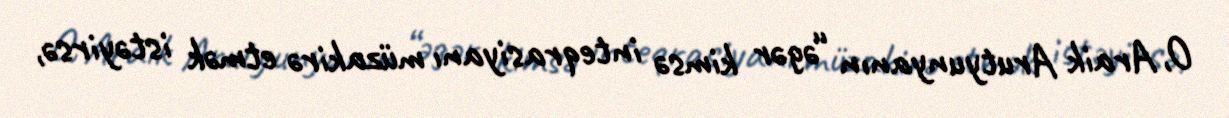
O, Araik Arutyunyanın “əgər kimsə inteqrasiyanı müzakirə etmək istəyirsə,